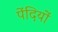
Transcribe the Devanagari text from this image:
पेंदियों